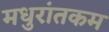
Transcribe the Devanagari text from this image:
मधुरांतकम